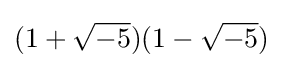
(1+{\sqrt {-5}})(1-{\sqrt {-5}})